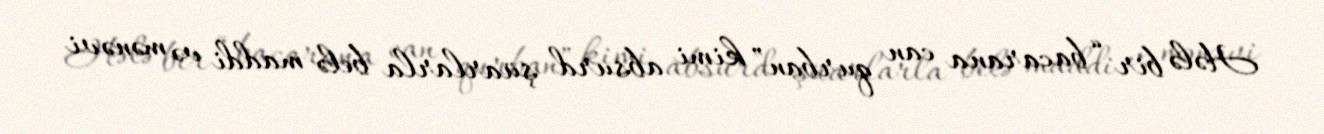
Hələ bir “bacarana can qurban” kimi absurd şüarlarla belə maddi və mənəvi